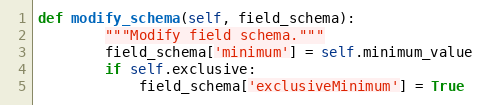
Language: Python
def modify_schema(self, field_schema):
        """Modify field schema."""
        field_schema['minimum'] = self.minimum_value
        if self.exclusive:
            field_schema['exclusiveMinimum'] = True